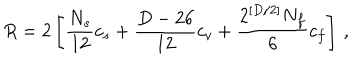
R = 2 \left[ \frac { N _ { s } } { 1 2 } c _ { s } + \frac { D - 2 6 } { 1 2 } c _ { v } + \frac { 2 ^ { [ D / 2 ] } N _ { f } } { 6 } c _ { f } \right] \, ,